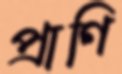
প্রাণি